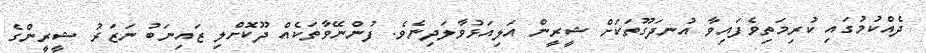
ދެއްކުމުގައި ކުރިމަތިވެފައިވާ އުނދަގޫތަކަށް ޝީރީން އަލިއަޅުވާލަދިނެވެ. ފުންނޭވާތަކެއް ދޫކޮށްލި ޒައިނަބު ނަޒަރު ޝީރީންގެ